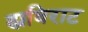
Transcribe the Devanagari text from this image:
ह्यविराट